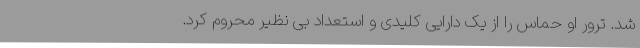
شد. ترور او حماس را از یک دارایی کلیدی و استعداد بی نظیر محروم کرد.